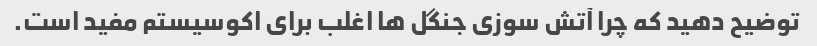
توضیح دهید که چرا آتش سوزی جنگل ها اغلب برای اکوسیستم مفید است.